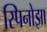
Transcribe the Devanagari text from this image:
स्पिनोझा